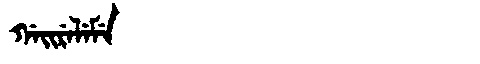
Manchu: ᡤᠠᡳᡵᡝᠯᡝᠮᡝ
Romanization: GAIRELEME